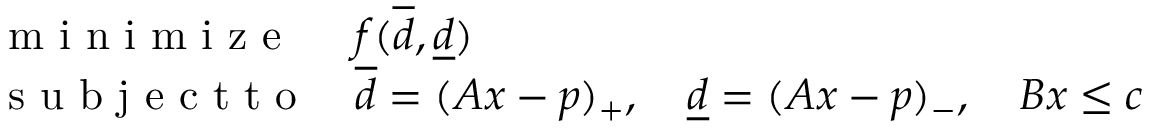
\begin{array} { l l } { \mathrm { ~ m ~ i ~ n ~ i ~ m ~ i ~ z ~ e ~ } } & { f ( \overline { d } , \underline { d } ) } \\ { \mathrm { ~ s ~ u ~ b ~ j ~ e ~ c ~ t ~ t ~ o ~ } } & { \overline { d } = ( A x - p ) _ { + } , \quad \underline { d } = ( A x - p ) _ { - } , \quad B x \leq c } \end{array}